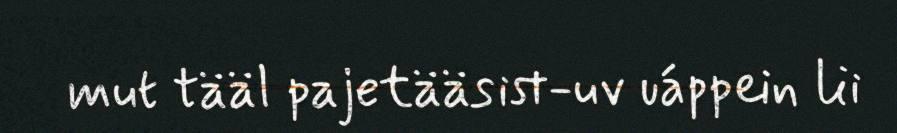
mut tääl pajetääsist-uv uáppein lii